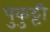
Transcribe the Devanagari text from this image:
पुकुट्टी